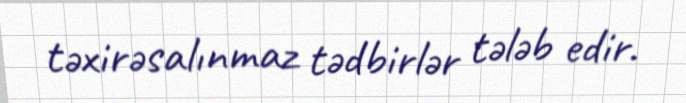
təxirəsalınmaz tədbirlər tələb edir.